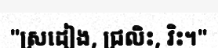
"ស្រដៀង, ជ្រលិះ, វិះ។"